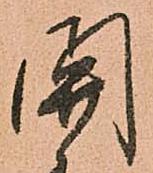
関